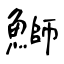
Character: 鰤